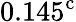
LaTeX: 0.145^{\mathrm{c}}